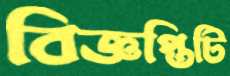
বিজ্ঞপ্তিটি